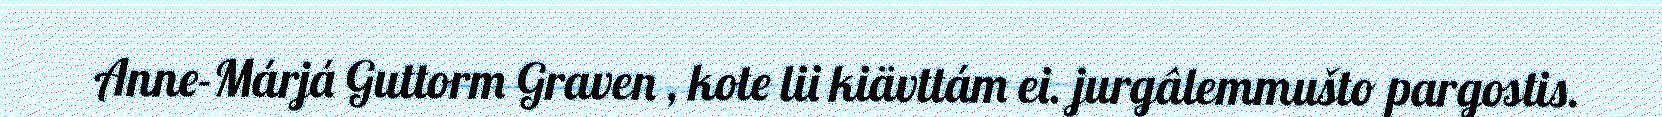
Anne-Márjá Guttorm Graven , kote lii kiävttám ei. jurgâlemmušto pargostis.